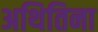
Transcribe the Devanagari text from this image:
अथितिना